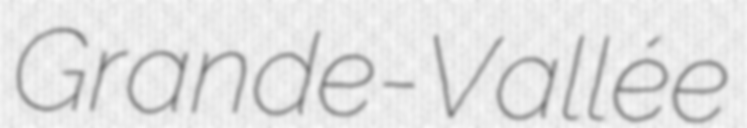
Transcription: Grande-Vallée